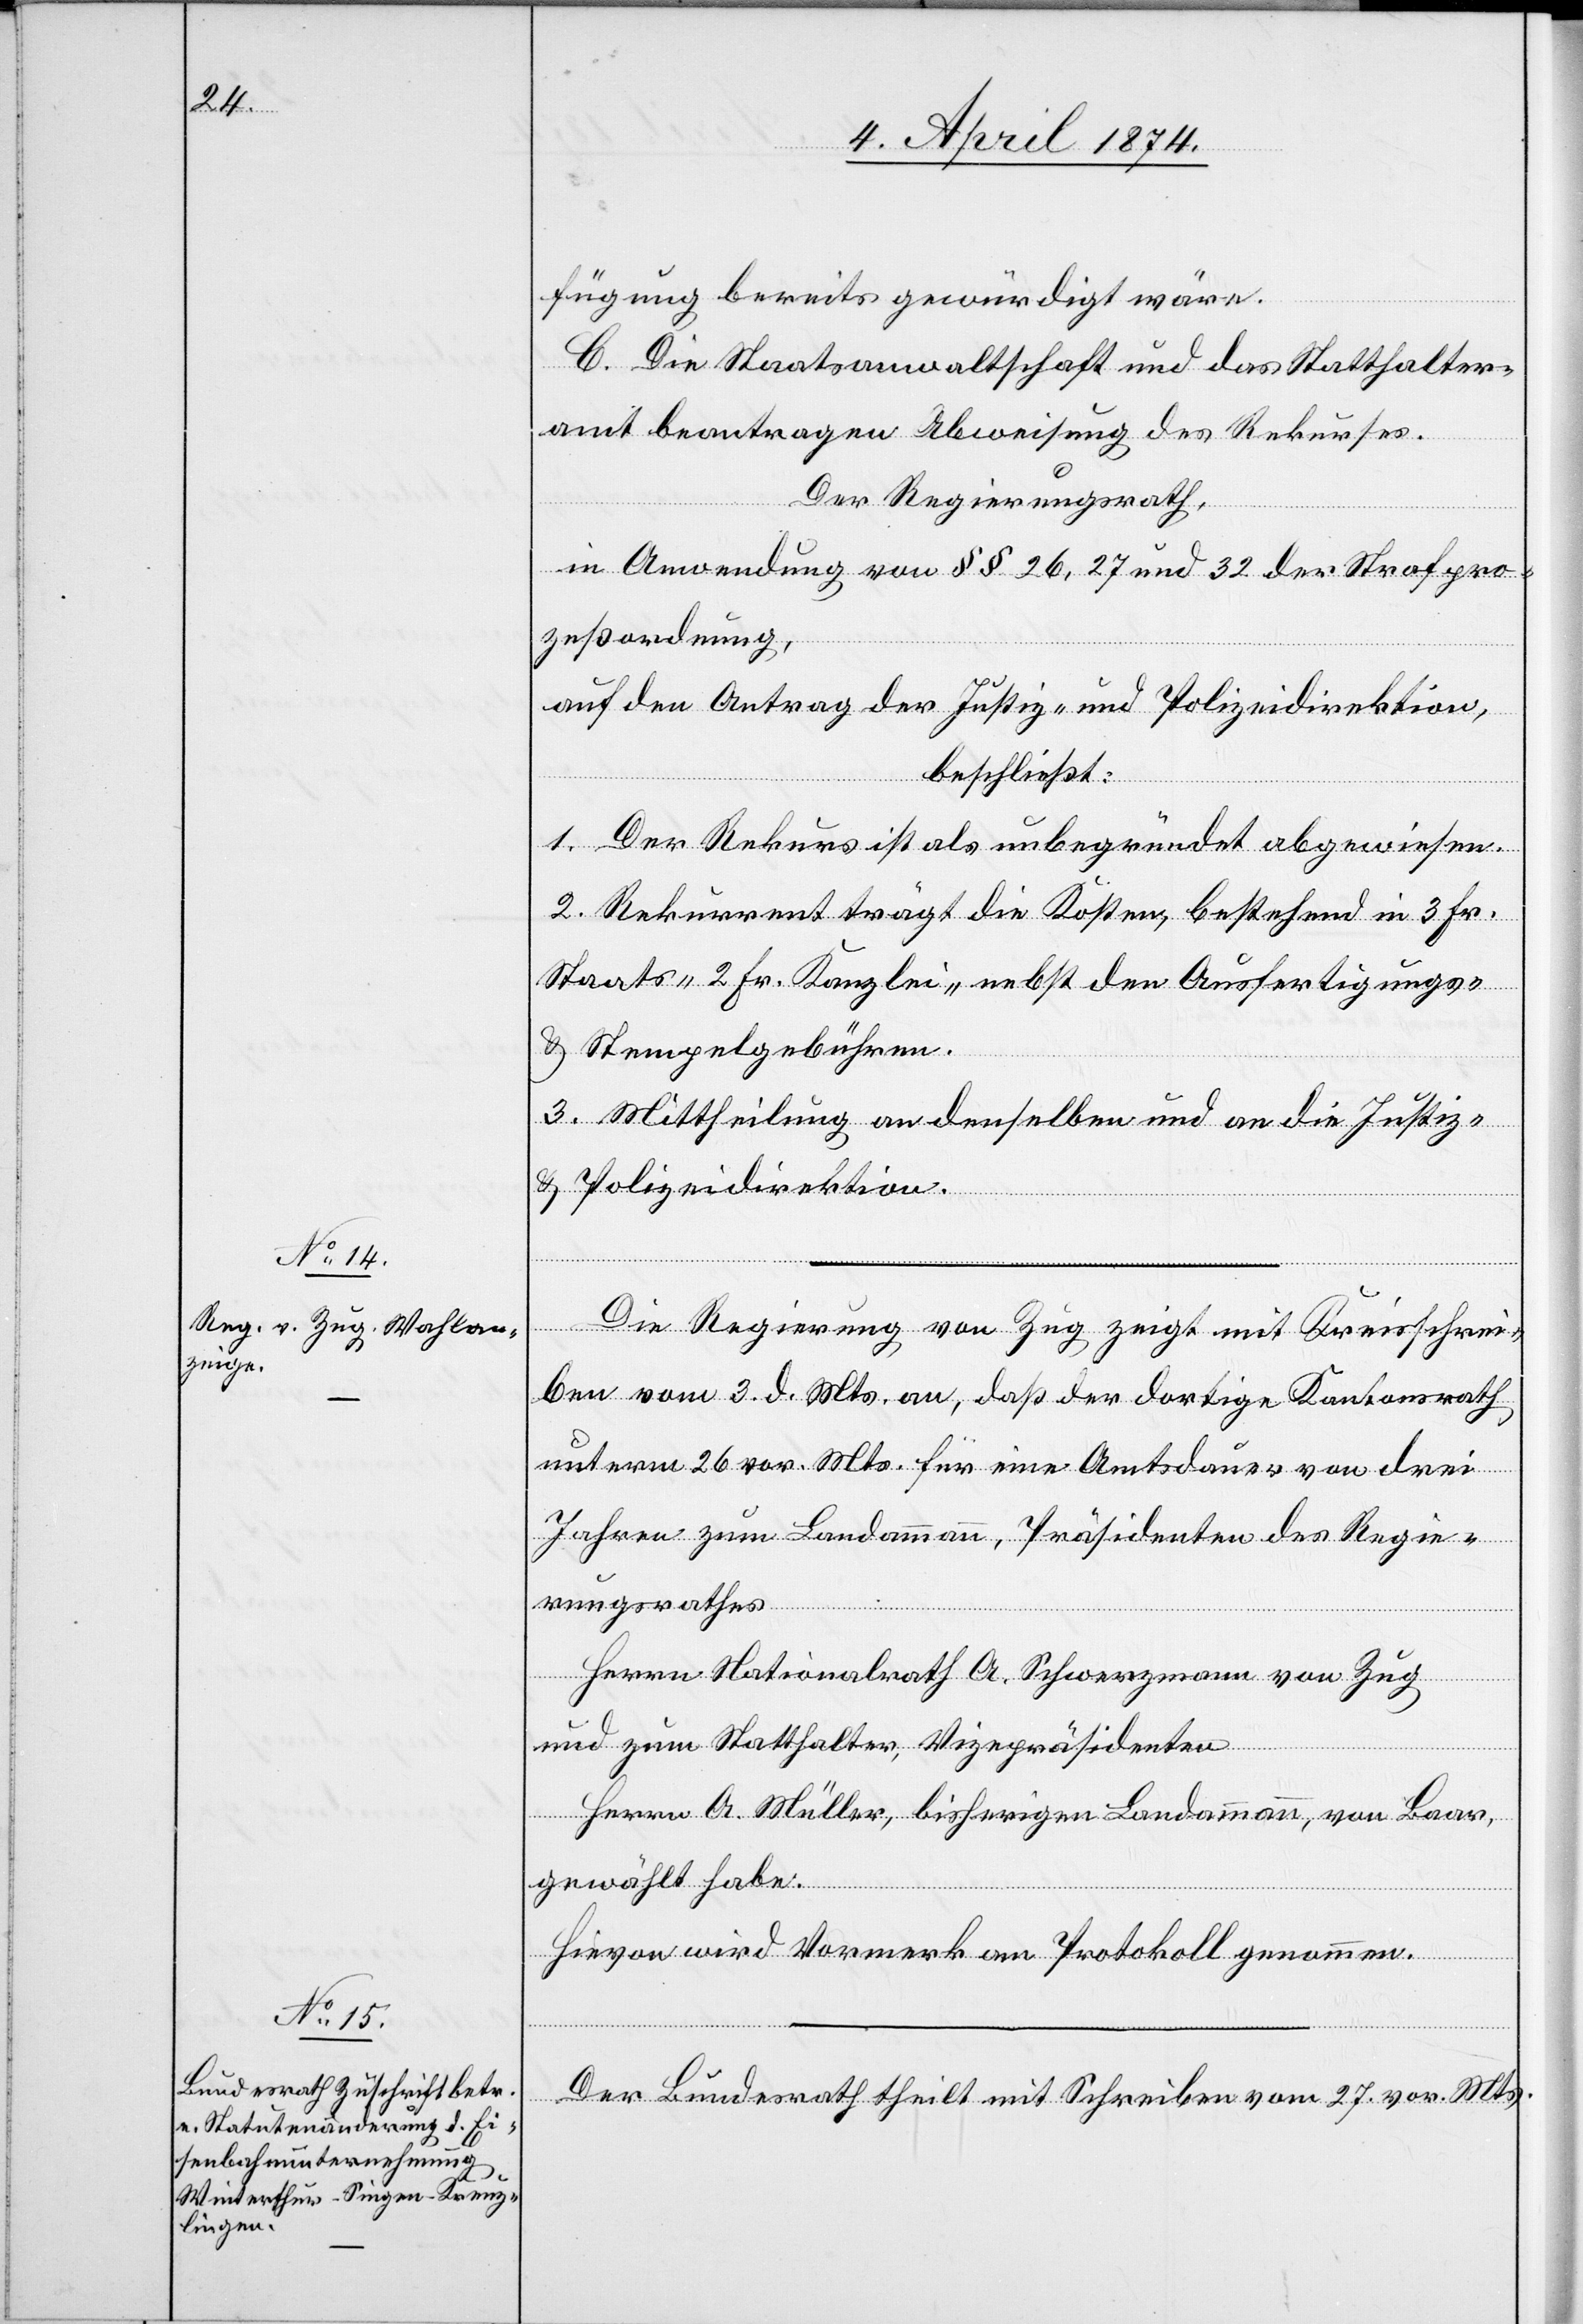
fügung bereits gewürdigt wäre.
C. Die Staatsanwaltschaft und das Statthalter¬
amt beantragen Abweisung des Rekurses.
Der Regierungsrath,
in Anwendung von §§ 26, 27 und 32 der Strafpro¬
zeßordnung,
auf den Antrag der Justiz- und Polizeidirektion,
beschließt:
1. Der Rekurs ist als unbegründet abgewiesen.
2. Rekurrent trägt die Kosten, bestehend in 3 Fr.
Staats-[,] 2 Fr. Kanzlei-[,] nebst den Ausfertigungs-
u. Stempelgebühren.
3. Mittheilung an denselben und an die Justiz-
u. Polizeidirektion.
Die Regierung von Zug zeigt mit Kreisschrei¬
ben vom 3. d. Mts. an, daß der dortige Kantonsrath
unterm 26. vor. Mts. für eine Amtsdauer von drei
Jahren zum Landammann, Präsidenten des Regie¬
rungsrathes
Herrn Nationalrath A. Schwerzmann von Zug
und zum Statthalter, Vizepräsidenten
Herrn A. Müller, bisheriger Landammann, von Baar,
gewählt habe.
Hievon wird Vormerk am Protokoll genommen.
Der Bundesrath theilt mit Schreiben vom 27. vor. Mts.